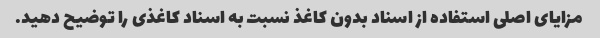
مزایای اصلی استفاده از اسناد بدون کاغذ نسبت به اسناد کاغذی را توضیح دهید.